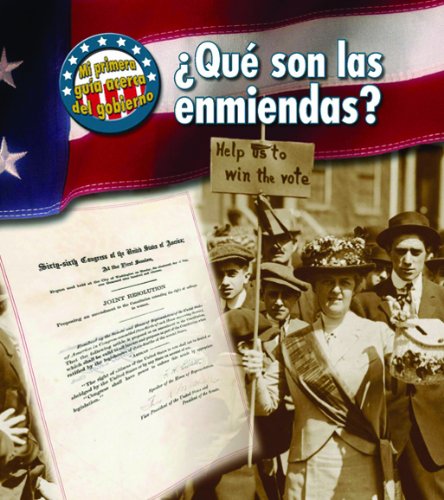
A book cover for Â¿QuÃ© son las enmiendas? (Mi primera guÃ­a acerca del gobierno) (Spanish Edition); Nancy Harris; Children's Books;